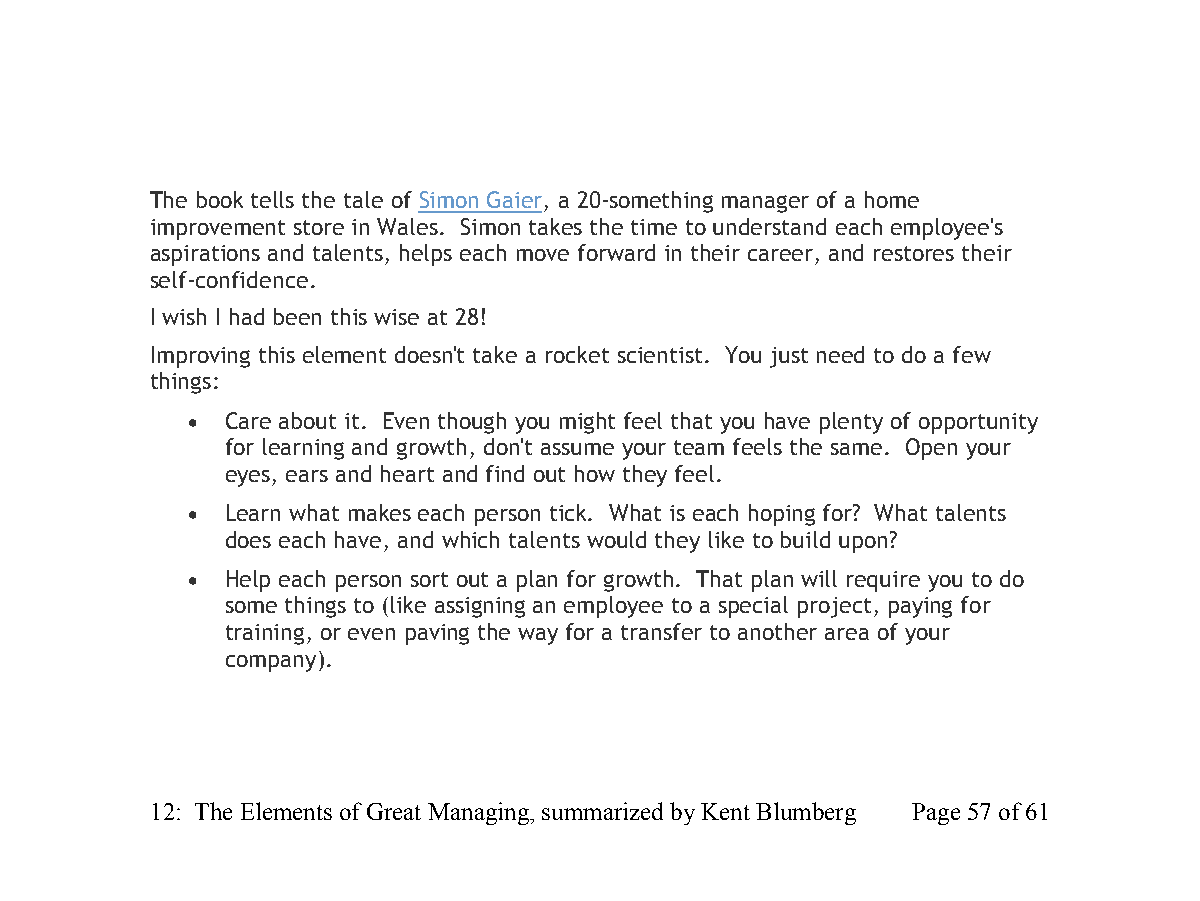
The book tells the tale of Simon Gaier, a 20-something manager of a home
 improvement store in Wales. Simon takes the time to understand each employee's
 aspirations and talents, helps each move forward in their career, and restores their
 self-confidence.
 I wish I had been this wise at 28!
 Improving this element doesn't take a rocket scientist. You just need to do a few
 things:
   Care about it. Even though you might feel that you have plenty of opportunity
 for learning and growth, don't assume your team feels the same. Open your
 eyes, ears and heart and find out how they feel.
   Learn what makes each person tick. What is each hoping for? What talents
 does each have, and which talents would they like to build upon?
   Help each person sort out a plan for growth. That plan will require you to do
 some things to (like assigning an employee to a special project, paying for
 training, or even paving the way for a transfer to another area of your
 company).
 12: The Elements of Great Managing, summarized by Kent Blumberg Page 57 of 61